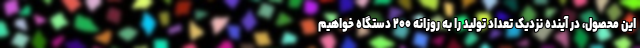
این محصول،‌ در آینده نزدیک تعداد تولید را به روزانه ۲۰۰ دستگاه خواهیم